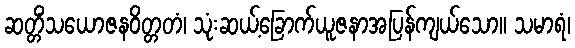
ဆတ္တိံသယောဇနဝိတ္တတံ၊ သုံးဆယ့်ခြောက်ယူဇနာအပြန်ကျယ်သော။ သမာရံ၊